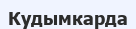
Кудымкарда